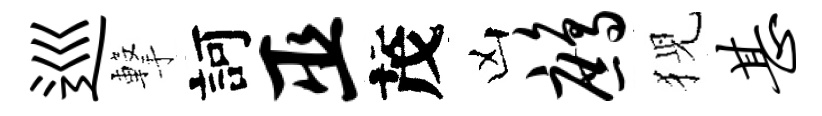
巡撃訶巫茂凶鹧猊甚